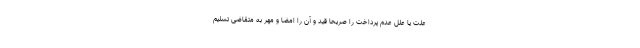
علت یا علل عدم پرداخت را صریحاً قید و آن را امضا و مهر به متقاضی تسلیم